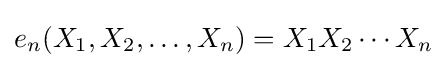
e_{n}(X_{1},X_{2},\dots ,X_{n})=X_{1}X_{2}\cdots X_{n}